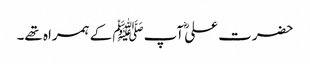
حضرت علیؓ آپﷺ کے ہمراہ تھے۔